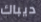
ديباك